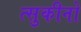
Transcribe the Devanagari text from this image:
त्सुकीनो